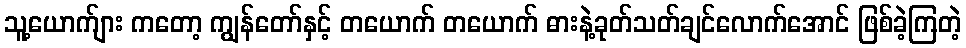
သူ့ယောက်ျား ကတော့ ကျွန်တော်နှင့် တယောက် တယောက် ဓားနဲ့ခုတ်သတ်ချင်လောက်အောင် ဖြစ်ခဲ့ကြတဲ့